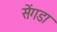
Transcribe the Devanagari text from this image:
सेंगडा